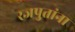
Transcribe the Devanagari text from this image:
रजपुतांना